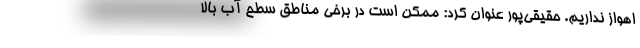
اهواز نداریم. حقیقی‌پور عنوان کرد: ممکن است در برخی مناطق سطح آب بالا